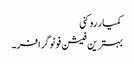
کمیار روکنی
بہترین فیشن فوٹوگرافر۔